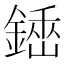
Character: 𨪺